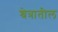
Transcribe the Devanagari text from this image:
श्रेत्रातील